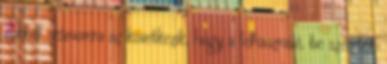
Ebből számomra az következik, hogy a felhasználó, be szeretné